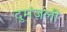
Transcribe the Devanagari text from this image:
दुमंजली